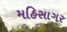
મહિસાગર